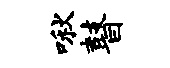
啾瞽